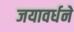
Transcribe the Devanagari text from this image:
जयावर्धने